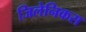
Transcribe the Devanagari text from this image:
जिलेनिकस